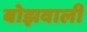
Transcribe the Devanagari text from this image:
बोझवाली